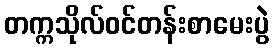
တက္ကသိုလ်ဝင်တန်းစာမေးပွဲ